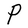
Character: P